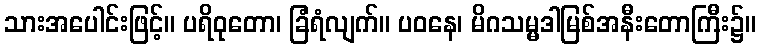
သားအပေါင်းဖြင့်။ ပရိဝုတော၊ ခြံရံလျက်။ ပဝနေ၊ မိဂသမ္မဒါမြစ်အနီးတောကြီး၌။